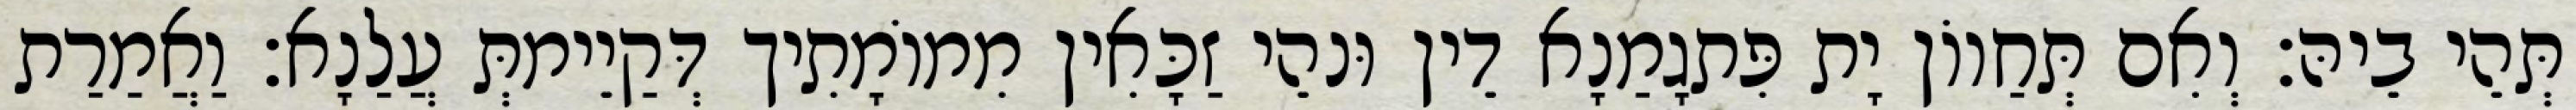
תְּהֵי בֵיהּ׃ וְאִם תְּחַווֹן יָת פִּתגָמַנָא דֵין וּנהֵי זַכָּאִין מִמוֹמָתִיך דְּקַיֵימתְּ עֲלַנָא׃ וַאֲמַרַת